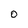
Character: O